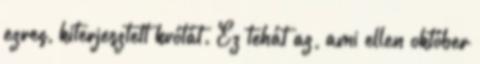
ezres, kiterjesztett kvótát. Ez tehát az, ami ellen október